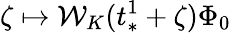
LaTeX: \zeta\mapsto\mathcal{W}_{K}(t_{*}^{1}+\zeta)\Phi_{0}